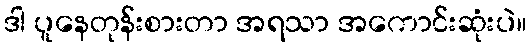
ဒါ ပူနေတုန်းစားတာ အရသာ အကောင်းဆုံးပဲ။